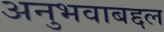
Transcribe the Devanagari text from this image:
अनुभवाबद्दल